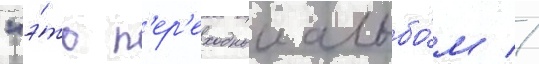
"э́то п'ер'еходныи альбо́м //